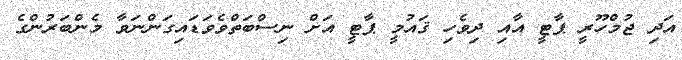
އަދި ޖުމްހޫރީ ޕާޓީ އާއި ދިވެހި ޤައުމީ ޕާޓީ އަށް ނިސްބަތްވެވަޑައިގަންނަވާ މެންބަރުންގެ